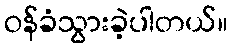
ဝန်ခံသွားခဲ့ပါတယ်။